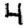
Digit: 4